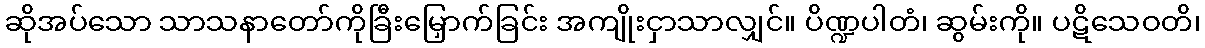
ဆိုအပ်သော သာသနာတော်ကိုခြီးမြှောက်ခြင်း အကျိုးငှာသာလျှင်။ ပိဏ္ဍပါတံ၊ ဆွမ်းကို။ ပဋိသေဝတိ၊